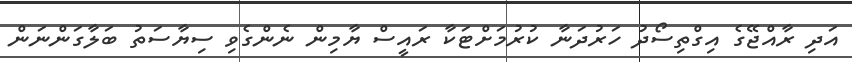
އަދި ރާއްޖޭގެ އިގްތިސޯދު ހަރުދަނާ ކުރުމަށްޓަކާ ރައީސް ޔާމިން ނެންގެވި ސިޔާސަތު ބަލާގަންނަން